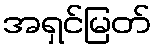
အရှင်မြတ်